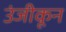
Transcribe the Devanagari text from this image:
उंजीकून